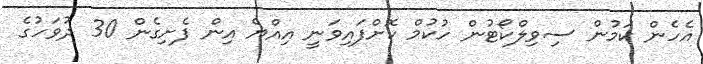
އެހެން ކަމުން ސިވިލްކޯޓުން ހުކުމް ކޮށްފައިވަނީ އިއްޔެ އިން ފެށިގެން 30 ދުވަހުގެ